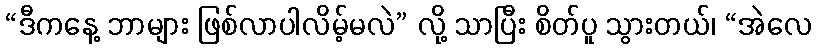
“ဒီကနေ့ ဘာများ ဖြစ်လာပါလိမ့်မလဲ” လို့ သာပြီး စိတ်ပူ သွားတယ်၊ “အဲလေ